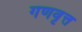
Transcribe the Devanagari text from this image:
गणवृत्त